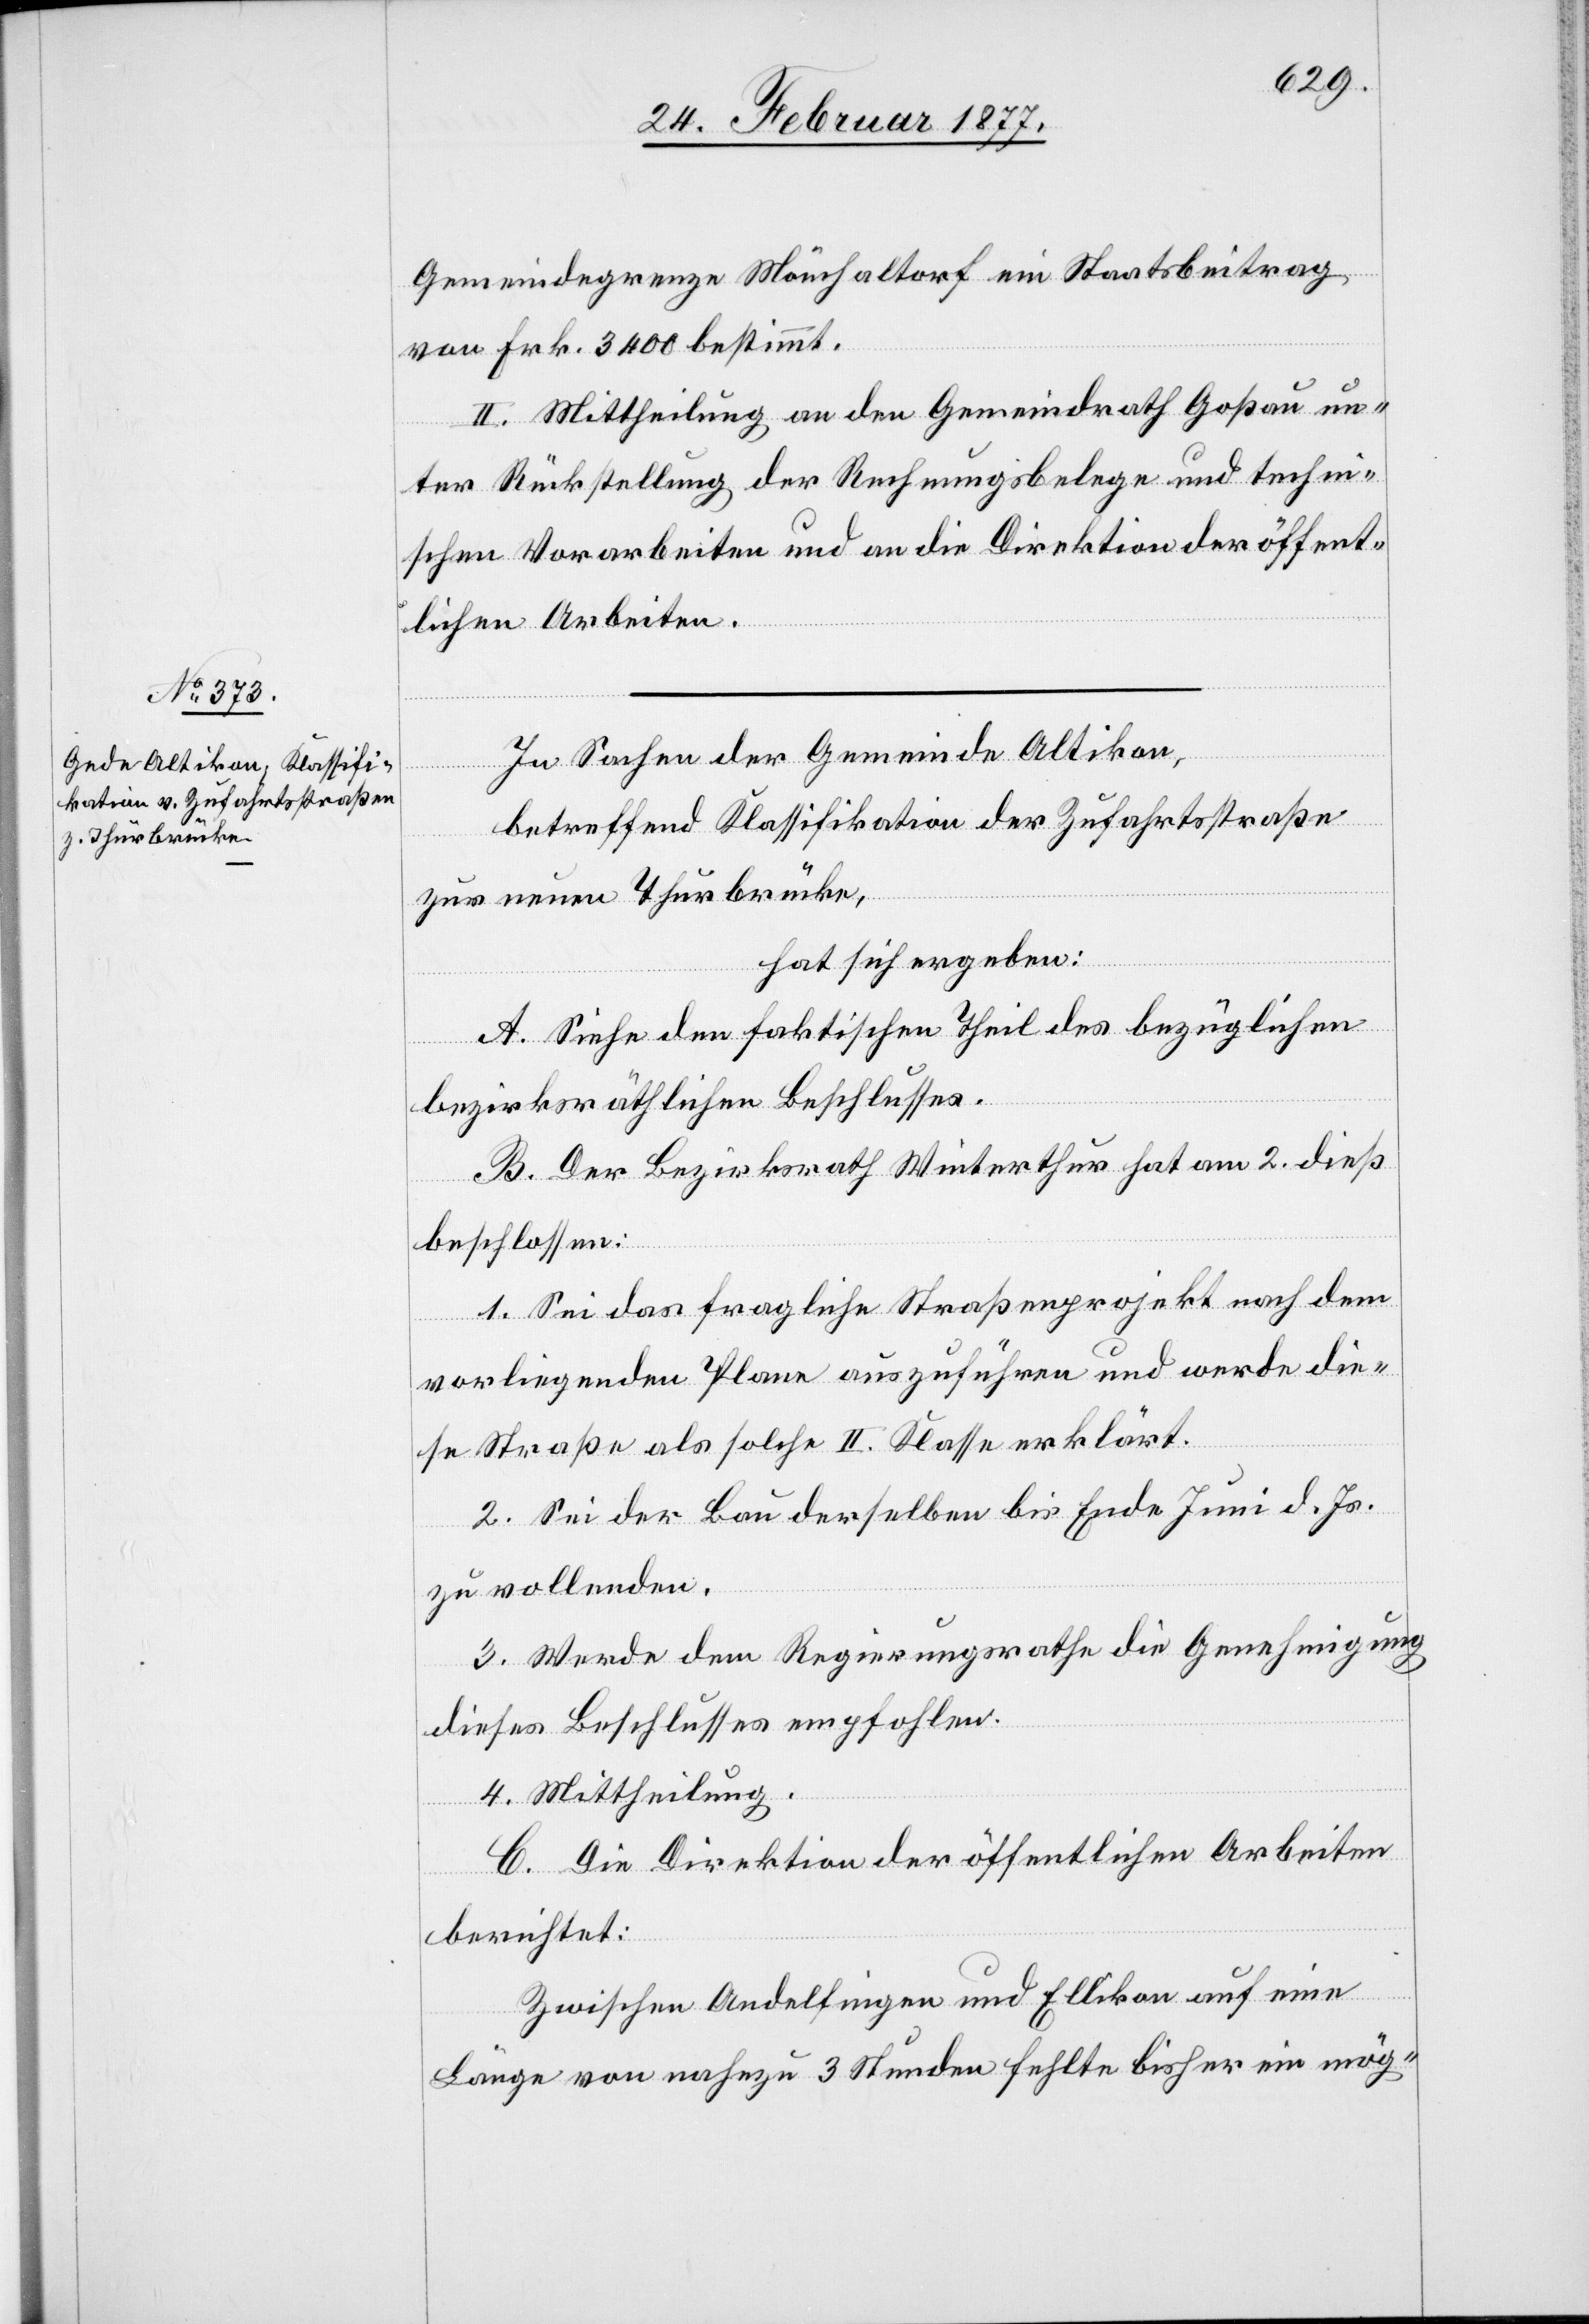
Gemeindegrenze Mönchaltorf ein Staatsbeitrag
von Frk. 3400 bestimmt.
II. Mittheilung an den Gemeindrath Goßau un¬
ter Rückstellung der Rechnungsbelege und techni¬
schen Vorarbeiten und an die Direktion der öffent¬
lichen Arbeiten.
In Sachen der Gemeinde Altikon,
betreffend Klassifikation der Zufahrtsstraße
zur neuen Thurbrücke,
hat sich ergeben:
A. Siehe den faktischen Theil des bezüglichen
bezirksräthlichen Beschlusses.
B. Der Bezirksrath Winterthur hat am 2. dieß
beschlossen:
1. Sei das fragliche Straßenprojekt nach dem
vorliegenden Plane auszuführen und werde die¬
se Straße als solche II. Klasse erklärt.
2. Sei der Bau derselben bis Ende Juni d. Js.
zu vollenden.
3. Werde dem Regierungsrathe die Genehmigung
dieses Beschlusses empfohlen.
4. Mittheilung.
C. Die Direktion der öffentlichen Arbeiten
berichtet:
Zwischen Andelfingen und Ellikon auf eine
Länge von nahezu 3 Stunden fehlte bisher ein mög-